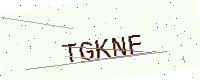
Text: TGKNF